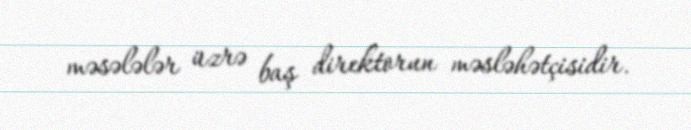
məsələlər üzrə baş direktorun məsləhətçisidir.